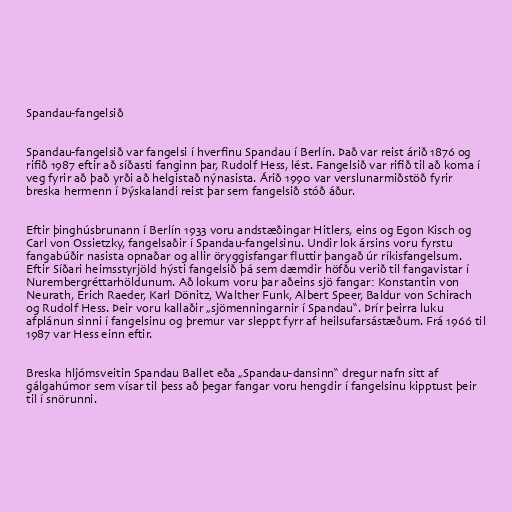
Spandau-fangelsið

Spandau-fangelsið var fangelsi í hverfinu Spandau í Berlín. Það var reist árið 1876 og
rifið 1987 eftir að síðasti fanginn þar, Rudolf Hess, lést. Fangelsið var rifið til að koma í
veg fyrir að það yrði að helgistað nýnasista. Árið 1990 var verslunarmiðstöð fyrir
breska hermenn í Þýskalandi reist þar sem fangelsið stóð áður.

Eftir þinghúsbrunann í Berlín 1933 voru andstæðingar Hitlers, eins og Egon Kisch og
Carl von Ossietzky, fangelsaðir í Spandau-fangelsinu. Undir lok ársins voru fyrstu
fangabúðir nasista opnaðar og allir öryggisfangar fluttir þangað úr ríkisfangelsum.
Eftir Síðari heimsstyrjöld hýsti fangelsið þá sem dæmdir höfðu verið til fangavistar í
Nurembergréttarhöldunum. Að lokum voru þar aðeins sjö fangar: Konstantin von
Neurath, Erich Raeder, Karl Dönitz, Walther Funk, Albert Speer, Baldur von Schirach
og Rudolf Hess. Þeir voru kallaðir „sjömenningarnir í Spandau“. Þrír þeirra luku
afplánun sinni í fangelsinu og þremur var sleppt fyrr af heilsufarsástæðum. Frá 1966 til
1987 var Hess einn eftir.

Breska hljómsveitin Spandau Ballet eða „Spandau-dansinn“ dregur nafn sitt af
gálgahúmor sem vísar til þess að þegar fangar voru hengdir í fangelsinu kipptust þeir
til í snörunni.